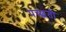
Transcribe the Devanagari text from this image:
पच्छतो